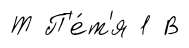
Т П'е́т'я 1 В